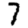
Digit: 7